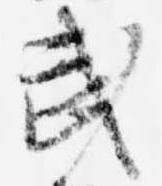
武